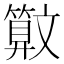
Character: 𰕜